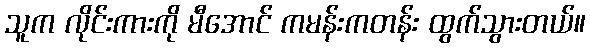
သူက လိုင်းကားကို မီအောင် ကမန်းကတန်း ထွက်သွားတယ်။